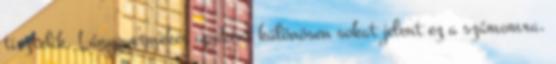
tisztelik. Lánygyermekes apaként különösen sokat jelent ez a számomra.